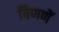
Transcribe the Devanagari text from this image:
विणणें